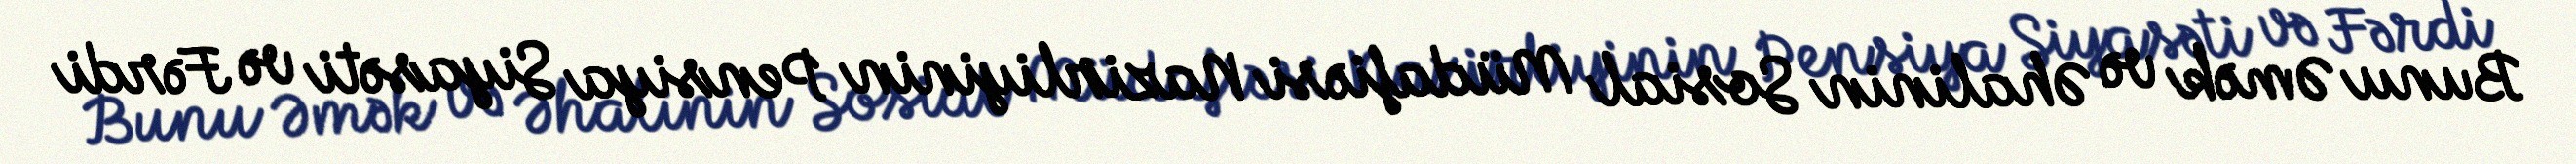
Bunu Əmək və Əhalinin Sosial Müdafiəsi Nazirliyinin Pensiya Siyasəti və Fərdi